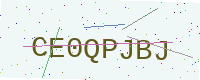
Text: CE0QPJBJ